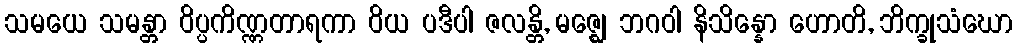
သမယေ သမန္တာ ဝိပ္ပကိဏ္ဏတာရကာ ဝိယ ပဒီပါ ဇလန္တိ, မဇ္ဈေ ဘဂဝါ နိသိန္နော ဟောတိ, ဘိက္ခုသံဃော